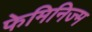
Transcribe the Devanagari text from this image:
फेमिनिज्म